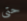
حتى